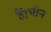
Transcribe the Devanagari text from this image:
हैं।चीन